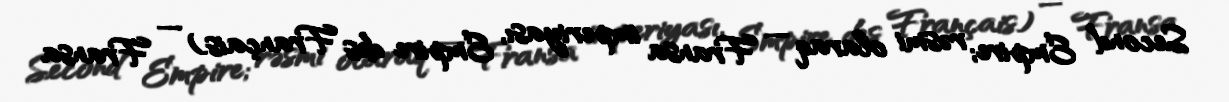
Second Empire; rəsmi olaraq — Fransa imperiyası, Empire des Français) — Fransa